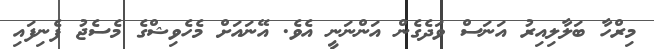
މިރްހާ ބަލާލިއިރު އަނަސް ވަދެގެން އަންނަނީ އެވެ. އޭނައަށް މެހެވިޝްގެ މެސެޖު ފެނިފައި